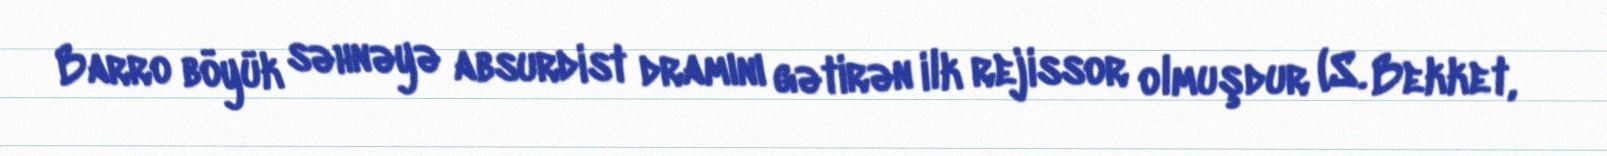
Barro böyük səhnəyə absurdist dramını gətirən ilk rejissor olmuşdur (S. Bekket,